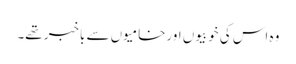
وہ اس کی خوبیوں اورخامیوں سے باخبر تھے۔